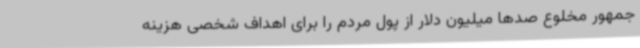
جمهور مخلوع صدها میلیون دلار از پول مردم را برای اهداف شخصی هزینه